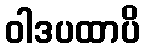
ဝါဒပထာပိ